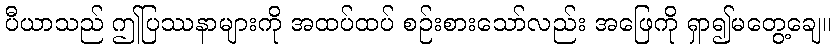
ပီယာသည် ဤပြဿနာများကို အထပ်ထပ် စဉ်းစားသော်လည်း အဖြေကို ရှာ၍မတွေ့ချေ။